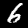
Label: 6